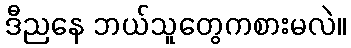
ဒီညနေ ဘယ်သူတွေကစားမလဲ။